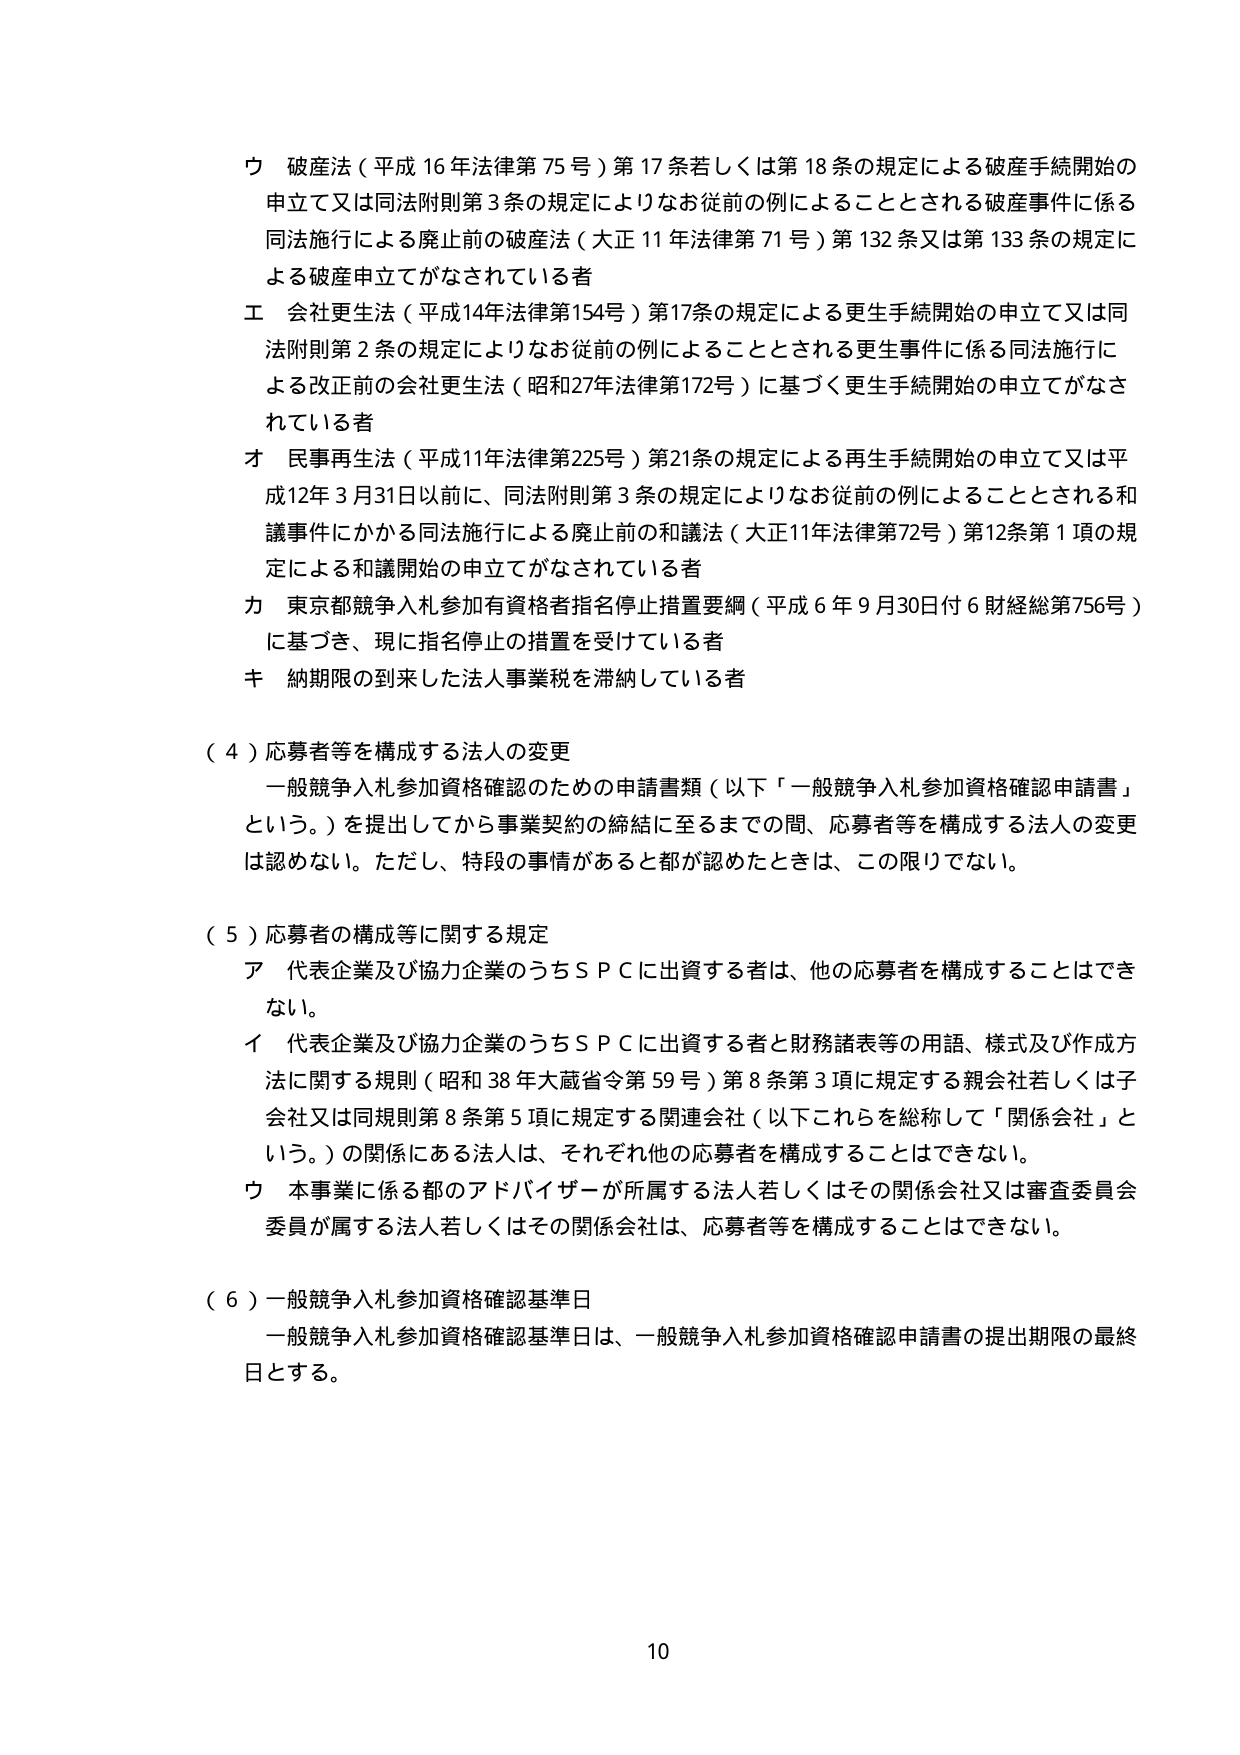
ウ 破産法（平成16年法律第75号）第17条若しくは第18条の規定による破産手続開始の申立て又は同法附則第3条の規定によりなお従前の例によることとされる破産事件に係る同法施行による廃止前の破産法（大正11年法律第71号）第132条又は第133条の規定による破産申立てがなされている者
エ 会社更生法（平成14年法律第154号）第17条の規定による更生手続開始の申立て又は同法附則第2条の規定によりなお従前の例によることとされる更生事件に係る同法施行による改正前の会社更生法（昭和27年法律第172号）に基づく更生手続開始の申立てがなされている者
オ 民事再生法（平成11年法律第225号）第21条の規定による再生手続開始の申立て又は平成12年3月31日以前に、同法附則第3条の規定によりなお従前の例によることとされる和議事件にかかる同法施行による廃止前の和議法（大正11年法律第72号）第12条第1項の規定による和議開始の申立てがなされている者
カ 東京都競争入札参加有資格者指名停止措置要綱（平成6年9月30日付6財経総第756号）に基づき、現在指名停止の措置を受けている者
キ 納期限の到来した法人事業税を滞納している者

（4）応募者等を構成する法人の変更
一般競争入札参加資格確認のための申請書類（以下「一般競争入札参加資格確認申請書」という。）を提出してから事業契約の締結に至るまでの間、応募者等を構成する法人の変更は認めない。ただし、特段の事情があると都が認めたときは、この限りでない。

（5）応募者の構成等に関する規定
ア 代表企業及び協力企業のうちＳＰＣに出資する者は、他の応募者を構成することはできない。
イ 代表企業及び協力企業のうちＳＰＣに出資する者と財務諸表等の用語、様式及び作成方法に関する規則（昭和38年大蔵省令第59号）第8条第3項に規定する親会社若しくは子会社又は同規則第8条第5項に規定する関連会社（以下これらを総称して「関係会社」という。）の関係にある法人は、それぞれ他の応募者を構成することはできない。
ウ 本事業に係る都のアドバイザーが所属する法人若しくはその関係会社又は審査委員会委員が属する法人若しくはその関係会社は、応募者等を構成することはできない。

（6）一般競争入札参加資格確認基準日
一般競争入札参加資格確認基準日は、一般競争入札参加資格確認申請書の提出期限の最終日とする。

10